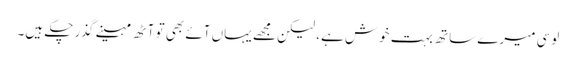
لوسی میرے ساتھ بہت خوش ہے، لیکن مجھے یہاں آئے بھی تو آٹھ مہینے گذر چکے ہیں۔